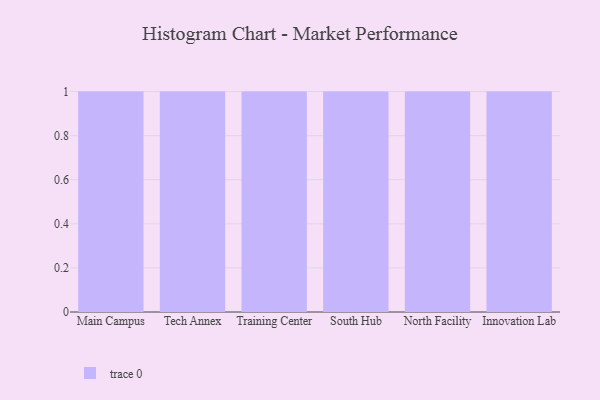
{"axis": {"x": "Campus", "y": "Net Income (USD K)"}, "legend": [""], "data": [{"x": "Main Campus", "y": 55, "type": ""}, {"x": "Tech Annex", "y": 26, "type": ""}, {"x": "Training Center", "y": 79, "type": ""}, {"x": "South Hub", "y": 65, "type": ""}, {"x": "North Facility", "y": 28, "type": ""}, {"x": "Innovation Lab", "y": 90, "type": ""}]}